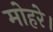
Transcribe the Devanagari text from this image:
मोहरे।